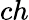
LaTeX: ch